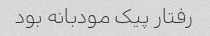
رفتار پیک مودبانه بود